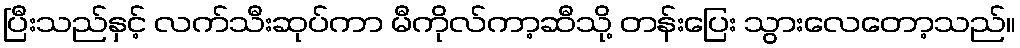
ပြီးသည်နှင့် လက်သီးဆုပ်ကာ မီကိုလ်ကာ့ဆီသို့ တန်းပြေး သွားလေတော့သည်။